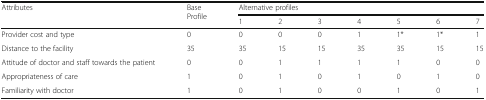
<table><thead><tr><td rowspan="2"><b>Attributes</b></td><td rowspan="2"><b>Base Profile</b></td><td colspan="7"><b>Alternative profiles</b></td></tr><tr><td><b>1</b></td><td><b>2</b></td><td><b>3</b></td><td><b>4</b></td><td><b>5</b></td><td><b>6</b></td><td><b>7</b></td></tr></thead><tbody><tr><td>Provider cost and type</td><td>0</td><td>0</td><td>0</td><td>0</td><td>1</td><td>1*</td><td>1*</td><td>1</td></tr><tr><td>Distance to the facility</td><td>35</td><td>35</td><td>15</td><td>15</td><td>35</td><td>35</td><td>15</td><td>15</td></tr><tr><td>Attitude of doctor and staff towards the patient</td><td>0</td><td>0</td><td>1</td><td>1</td><td>1</td><td>1</td><td>0</td><td>0</td></tr><tr><td>Appropriateness of care</td><td>1</td><td>0</td><td>1</td><td>0</td><td>1</td><td>0</td><td>1</td><td>0</td></tr><tr><td>Familiarity with doctor</td><td>1</td><td>0</td><td>1</td><td>0</td><td>0</td><td>1</td><td>0</td><td>1</td></tr></tbody></table>